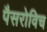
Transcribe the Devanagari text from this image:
पैसरोविच